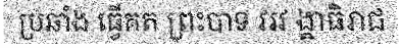
ប្រឆាំង ធ្វើគត ព្រះបាទ វរវ ង្ឝាធិរាជ